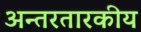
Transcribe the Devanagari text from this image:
अन्तरतारकीय